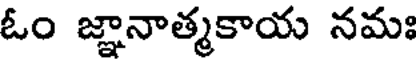
ఓం జ్ఞానాత్మకాయ నమః